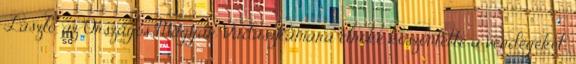
László, az Országos Magyar Vadászkamara elnöke köszöntette a vendégeket,